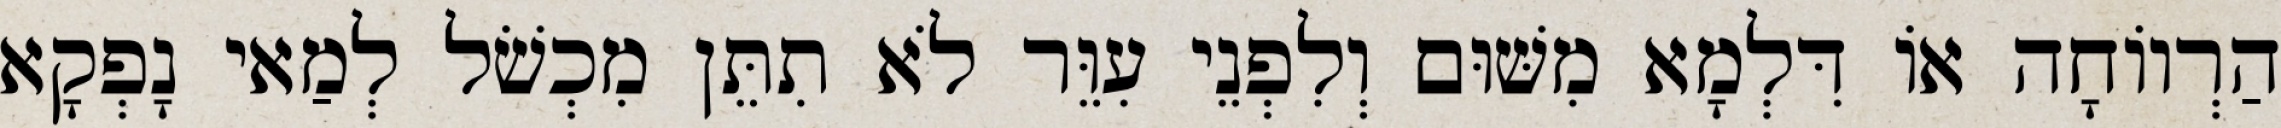
הַרְווֹחָה אוֹ דִּלְמָא מִשּׁוּם וְלִפְנֵי עִוֵּר לֹא תִתֵּן מִכְשֹׁל לְמַאי נָפְקָא